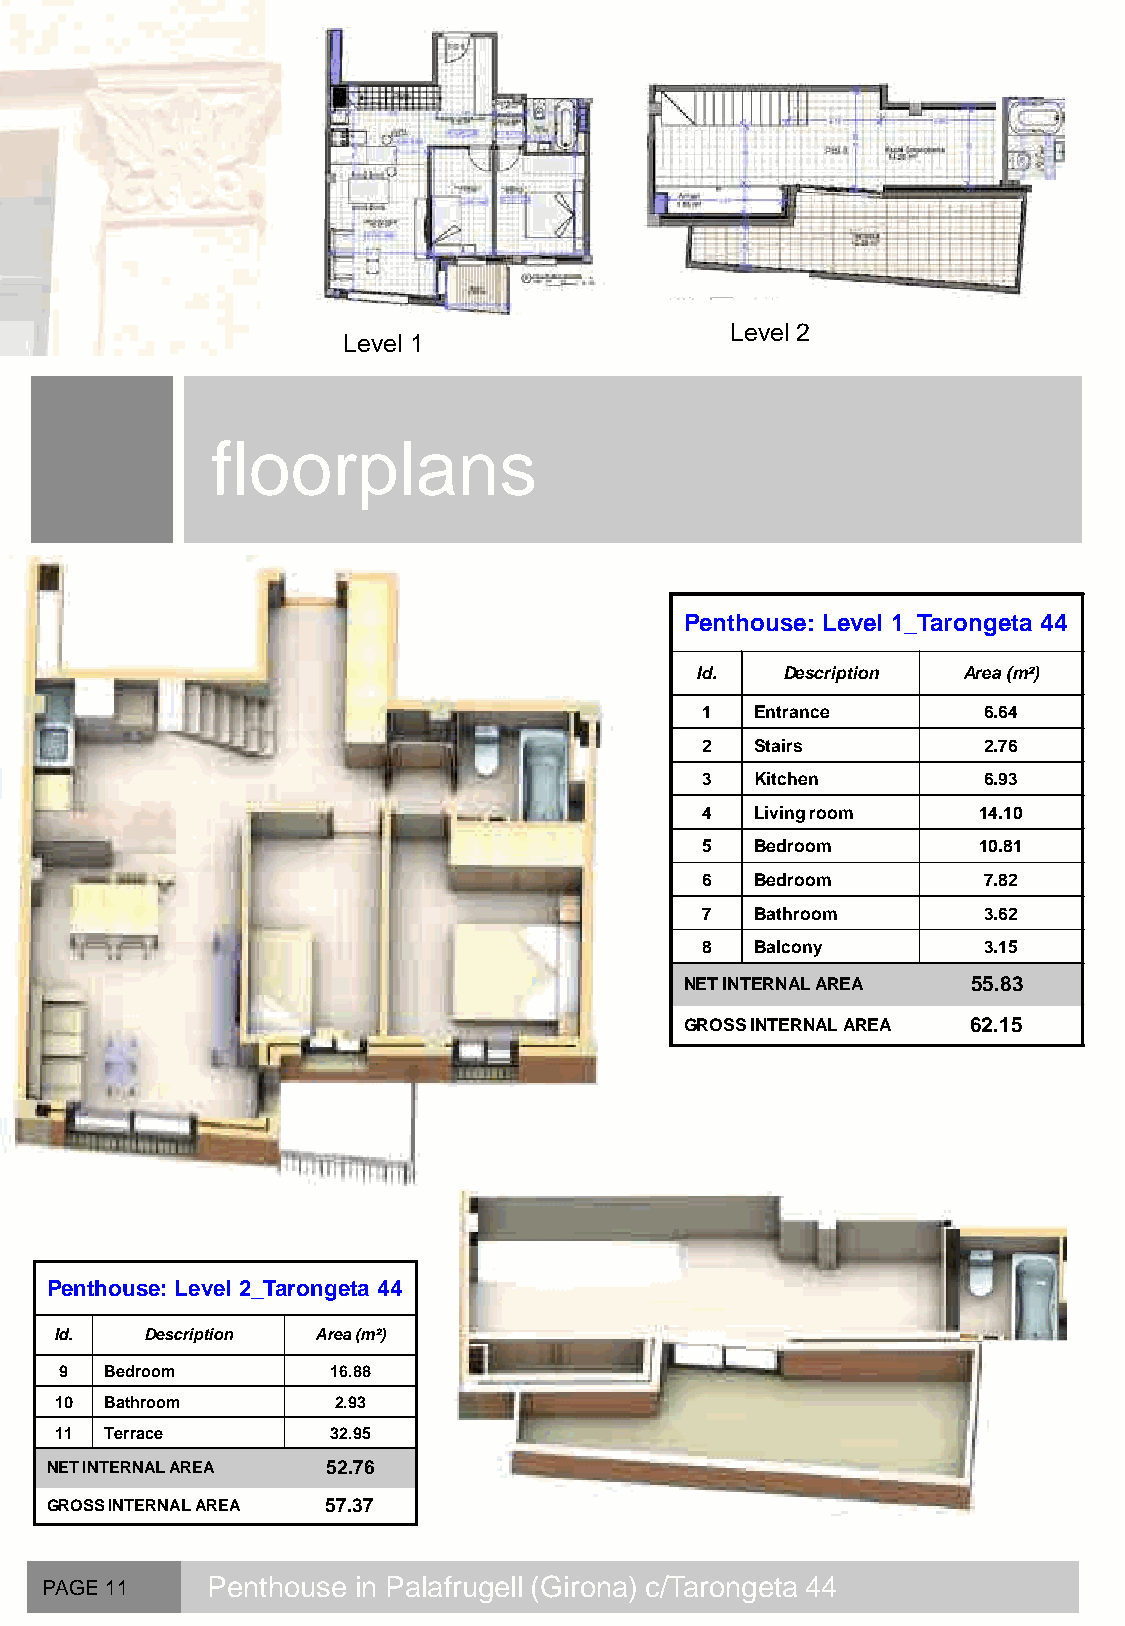
Level 2
 Level 1
 floorplans
 Penthouse: Level 1_Tarongeta 44
 Id.   Description Area (m²)
 1   Entrance       6.64
 2   Stairs         2.76
 3   Kitchen        6.93
 4   Living room    14.10
 5   Bedroom        10.81
 6   Bedroom        7.82
 7   Bathroom       3.62
 8   Balcony        3.15
 NET INTERNAL AREA  55.83
 GROSS INTERNAL AREA 62.15
 Penthouse: Level 2_Tarongeta 44
 Id.   Description Area (m²)
 9  Bedroom        16.88
 10 Bathroom       2.93
 11 Terrace        32.95
 NET INTERNAL AREA  52.76
 GROSS INTERNAL AREA 57.37
 PAGE 11    Penthouse in Palafrugell (Girona) c/Tarongeta 44